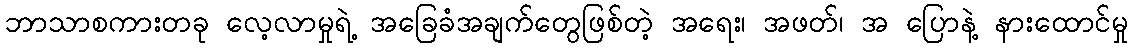
ဘာသာစကားတခု လေ့လာမှုရဲ့ အခြေခံအချက်တွေဖြစ်တဲ့ အရေး၊ အဖတ်၊ အ ပြောနဲ့ နားထောင်မှု